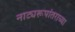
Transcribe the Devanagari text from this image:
नाट्यरूपांतराच्या